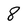
Character: 8